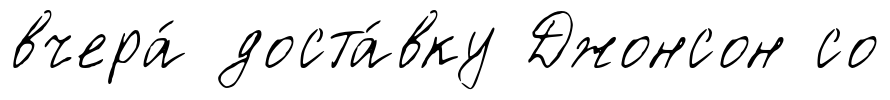
вчера́ доста́вку Джонсон со